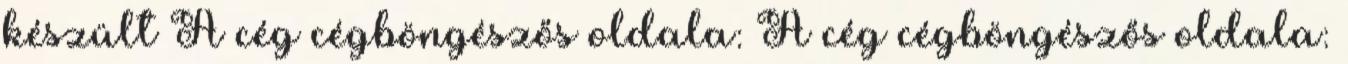
készült A cég cégböngészős oldala: A cég cégböngészős oldala: